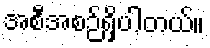
အစီအစဉ်ရှိပါတယ်။